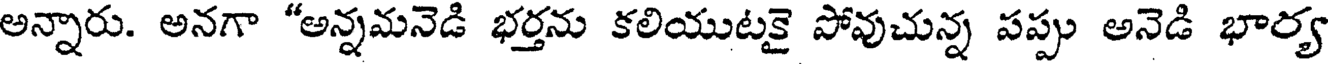
అన్నారు. అనగా "అన్నమనెడి భర్తను కలియుటకై పోవుచున్న పప్పు అనెడి భార్య